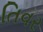
તિવર